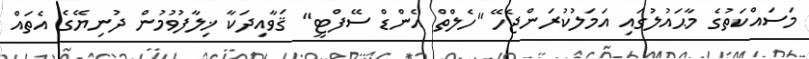
މަސައްކަތުގެ މާޙައުލުގައި އަމަލުކުރަންޖެހޭ "ހެލްތް އެންޑް ސޭފްޓީ" ޤަވާއިދަކާ ޚިލާފުވުމުން ދުނިޔޭގެ އެތައް